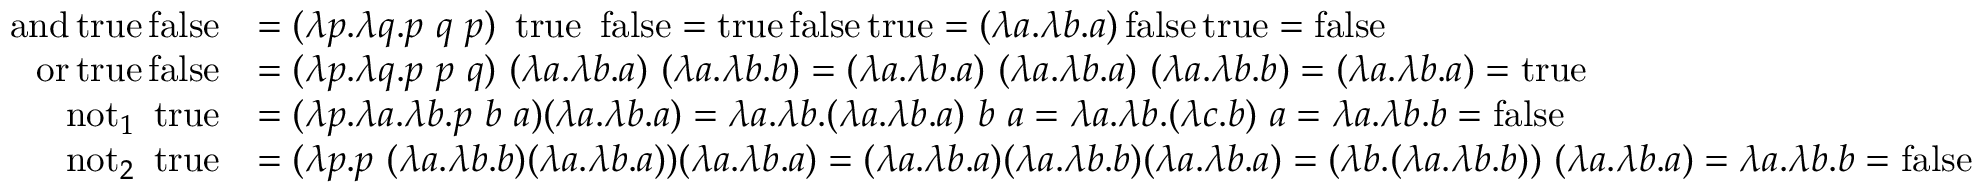
{ \begin{array} { r l } { \operatorname { a n d } \operatorname { t r u e } \operatorname { f a l s e } } & { = ( \lambda p . \lambda q . p \ q \ p ) \ \operatorname { t r u e } \ \operatorname { f a l s e } = \operatorname { t r u e } \operatorname { f a l s e } \operatorname { t r u e } = ( \lambda a . \lambda b . a ) \operatorname { f a l s e } \operatorname { t r u e } = \operatorname { f a l s e } } \\ { \operatorname { o r } \operatorname { t r u e } \operatorname { f a l s e } } & { = ( \lambda p . \lambda q . p \ p \ q ) \ ( \lambda a . \lambda b . a ) \ ( \lambda a . \lambda b . b ) = ( \lambda a . \lambda b . a ) \ ( \lambda a . \lambda b . a ) \ ( \lambda a . \lambda b . b ) = ( \lambda a . \lambda b . a ) = \operatorname { t r u e } } \\ { \operatorname { n o t } _ { 1 } \ \operatorname { t r u e } } & { = ( \lambda p . \lambda a . \lambda b . p \ b \ a ) ( \lambda a . \lambda b . a ) = \lambda a . \lambda b . ( \lambda a . \lambda b . a ) \ b \ a = \lambda a . \lambda b . ( \lambda c . b ) \ a = \lambda a . \lambda b . b = \operatorname { f a l s e } } \\ { \operatorname { n o t } _ { 2 } \ \operatorname { t r u e } } & { = ( \lambda p . p \ ( \lambda a . \lambda b . b ) ( \lambda a . \lambda b . a ) ) ( \lambda a . \lambda b . a ) = ( \lambda a . \lambda b . a ) ( \lambda a . \lambda b . b ) ( \lambda a . \lambda b . a ) = ( \lambda b . ( \lambda a . \lambda b . b ) ) \ ( \lambda a . \lambda b . a ) = \lambda a . \lambda b . b = \operatorname { f a l s e } } \end{array} }